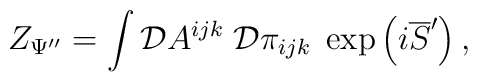
Z_{\Psi ^{\prime \prime }}=\int {\cal D}A^{ijk}\;{\cal D}\pi_{ijk}\;\exp \left( i\overline{S}^{\prime }\right) ,